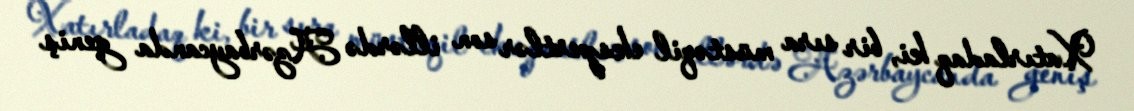
Xatırladaq ki, bir sıra müstəqil ekspertlər son illərdə Azərbaycanda geniş